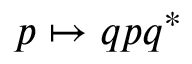
p \mapsto q p q ^ { * } \,